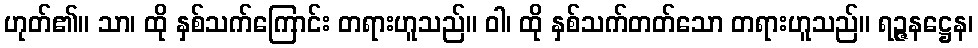
ဟုတ်၏။ သာ၊ ထို နှစ်သက်ကြောင်း တရားဟူသည်။ ဝါ၊ ထို နှစ်သက်တတ်သော တရားဟူသည်။ ရဉ္ဇနဋ္ဌေန၊